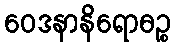
ဝေဒနာနိရောဓဉ္စ